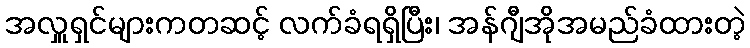
အလှူရှင်များကတဆင့် လက်ခံရရှိပြီး၊ အန်ဂျီအိုအမည်ခံထားတဲ့